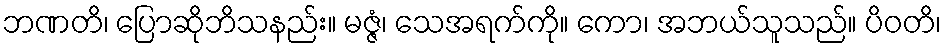
ဘဏတိ၊ ပြောဆိုဘိသနည်း။ မဇ္ဇံ၊ သေအရက်ကို။ ကော၊ အဘယ်သူသည်။ ပိဝတိ၊